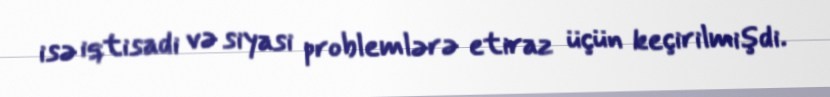
isə iqtisadi və siyasi problemlərə etiraz üçün keçirilmişdi.